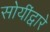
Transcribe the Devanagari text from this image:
सोयींद्वारे